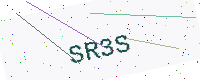
Text: SR3S